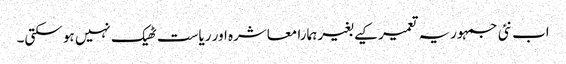
اب نئی جمہوریہ تعمیر کیے بغیر ہمارا معاشرہ اور ریاست ٹھیک نہیں ہو سکتی۔